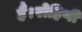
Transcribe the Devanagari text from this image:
हैं।रोहिणी